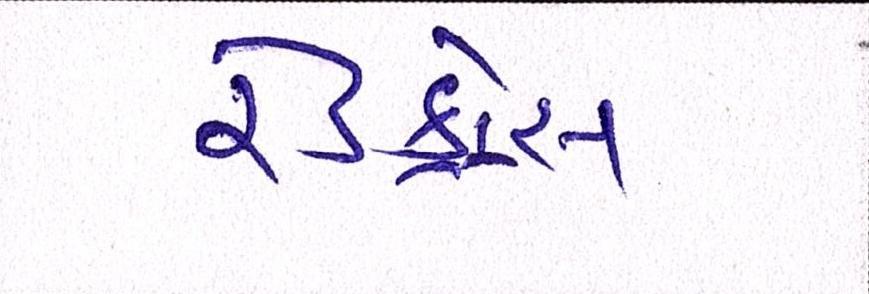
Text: રેડક્રોસ